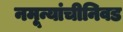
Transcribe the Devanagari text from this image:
नमून्यांचीनिवड